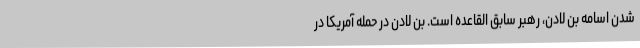
شدن اسامه بن لادن، رهبر سابق القاعده است. بن لادن در حمله آمریکا در